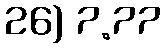
26) 7.77